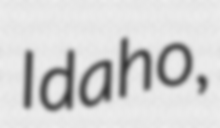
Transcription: Idaho,